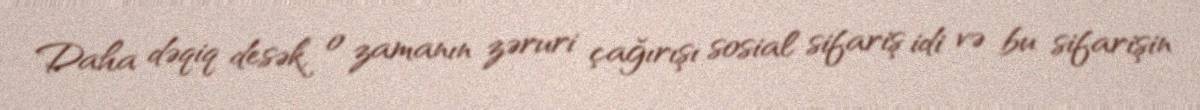
Daha dəqiq desək, o zamanın zəruri çağırışı sosial sifariş idi və bu sifarişin